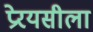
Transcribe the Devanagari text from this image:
प्रेरयसीला